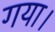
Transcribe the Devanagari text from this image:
गया।